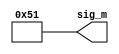
module chip(sig_m);
output [11:0] sig_m;
wire [11:6] sig_u1=1;
wire [5:2] sig_u2=1;
wire [1:0] sig_u3=1;
wire [11:0] sig_m_in;
u1 u10(.sig_u1(sig_u1));
u2 u20(.sig_u2(sig_u2));
u3 u30(.sig_u3(sig_u3));
ug ug0(.sig_m_in(sig_m_in),.sig_m(sig_m));
assign sig_m = {sig_u1,sig_u3,sig_u2};
endmodule
module u1(sig_u1);
output [11:6] sig_u1;
endmodule
module u2(sig_u2);
output [5:2] sig_u2;
endmodule
module u3(sig_u3);
output [1:0] sig_u3;
endmodule
module ug(sig_m_in,sig_m);
input [11:0] sig_m_in;
output [11:0] sig_m;
endmodule